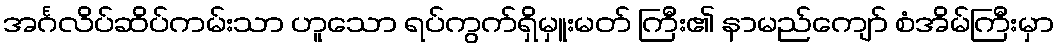
အင်္ဂလိပ်ဆိပ်ကမ်းသာ ဟူသော ရပ်ကွက်ရှိမှူးမတ် ကြီး၏ နာမည်ကျော် စံအိမ်ကြီးမှာ